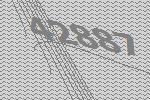
42887